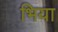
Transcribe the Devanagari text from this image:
भिया